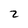
Character: 2